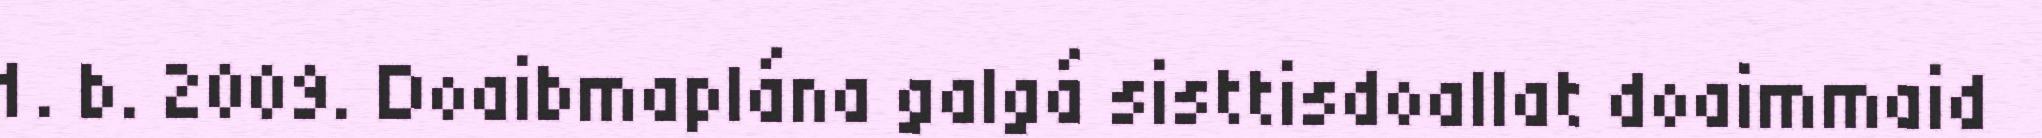
1. b. 2009. Doaibmaplána galgá sisttisdoallat doaimmaid